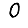
Digit: 0